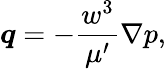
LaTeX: \boldsymbol{q}=-\frac{w^{3}}{\mu^{\prime}}\nabla p,